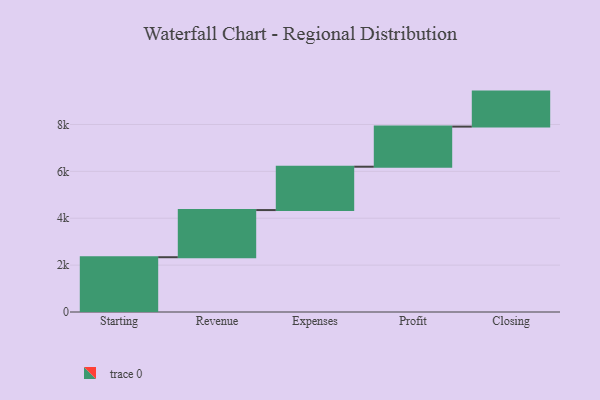
{"axis": {"x": "Step", "y": "Value"}, "legend": [""], "data": [{"x": "Starting", "y": 2337.0, "type": ""}, {"x": "Revenue", "y": 2011.0, "type": ""}, {"x": "Expenses", "y": 1850.0, "type": ""}, {"x": "Profit", "y": 1711.0, "type": ""}, {"x": "Closing", "y": 1493.0, "type": ""}]}